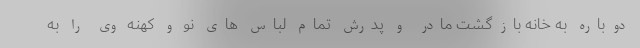
دوباره به خانه بازگشت مادر و پدرش تمام لباس های نو و کهنه وی را به